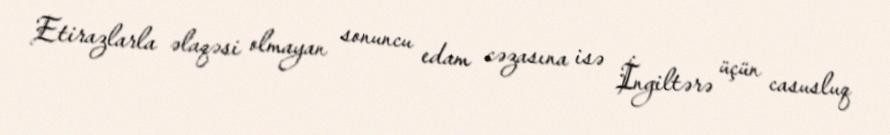
Etirazlarla əlaqəsi olmayan sonuncu edam cəzasına isə İngiltərə üçün casusluq